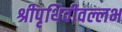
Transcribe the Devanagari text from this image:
श्रीपृथिवीवल्लभ